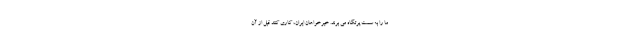
ما را به سمت پرتگاه می برند. خیرخواهان ایران، کاری کنند قبل از آن